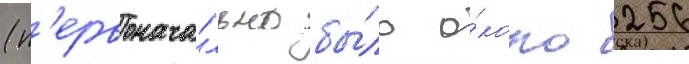
(п'ервонача́льно бы́ло о́коло 256